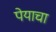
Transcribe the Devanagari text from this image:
पेयाचा